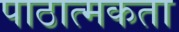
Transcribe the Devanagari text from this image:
पाठात्मकता